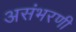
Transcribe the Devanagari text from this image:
असंभरणी